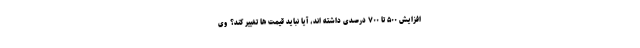
افزایش ۵۰۰ تا ۷۰۰ درصدی داشته اند، آیا نباید قیمت ها تغییر کند؟ وی